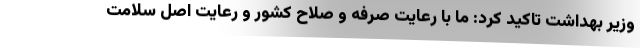
وزیر بهداشت تاکید کرد: ما با رعایت صرفه و صلاح کشور و رعایت اصل سلامت